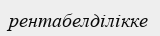
рентабелділікке